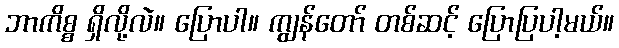
ဘာကိစ္စ ရှိလို့လဲ။ ပြောပါ။ ကျွန်တော် တစ်ဆင့် ပြောပြပါ့မယ်။